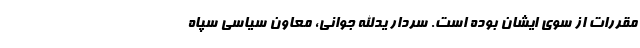
مقررات از سوی ایشان بوده است. سردار یدالله جوانی، معاون سیاسی سپاه